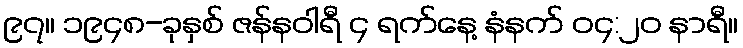
၉၇။ ၁၉၄၈-ခုနှစ် ဇန်နဝါရီ ၄ ရက်နေ့ နံနက် ၀၄:၂၀ နာရီ။